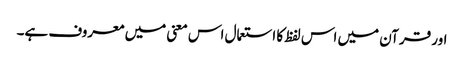
اور قرآن میں اس لفظ کا استعمال اس معنی میں معروف ہے۔